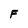
Character: F